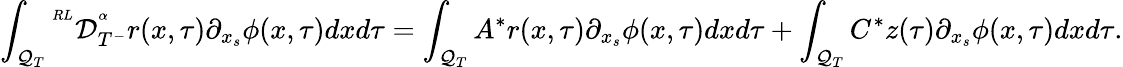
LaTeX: \int_{\mathcal{Q}_{T}}{^{^{RL}}\mathcal{D}_{T^{-}}^{^\alpha}}r(x,\tau)\partial_{x_{s}}\phi(x,\tau)dxd\tau=\int_{\mathcal{Q}_{T}}A^{*}r(x,\tau)\partial_{x_{s}}\phi(x,\tau)dxd\tau+\int_{\mathcal{Q}_{T}}C^{*}z(\tau)\partial_{x_{s}}\phi(x,\tau)dxd\tau.